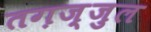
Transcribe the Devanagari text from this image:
तग़ज़्जुल